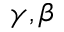
\gamma , \beta